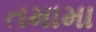
તમામા